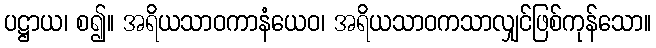
ပဋ္ဌာယ၊ စ၍။ အရိယသာဝကာနံယေဝ၊ အရိယသာဝကသာလျှင်ဖြစ်ကုန်သော။